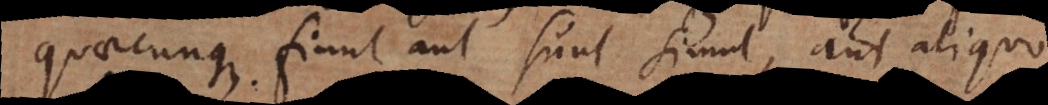
quaecunque fiunt aut sunt simul, aut ali